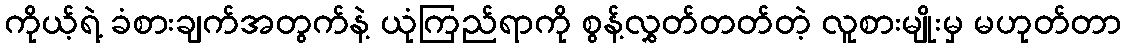
ကိုယ့်ရဲ့ ခံစားချက်အတွက်နဲ့ ယုံကြည်ရာကို စွန့်လွှတ်တတ်တဲ့ လူစားမျိုးမှ မဟုတ်တာ